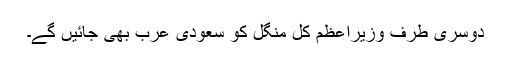
دوسری طرف وزیراعظم کل منگل کو سعودی عرب بھی جائیں گے۔